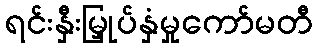
ရင်းနှီးမြှုပ်နှံမှုကော်မတီ